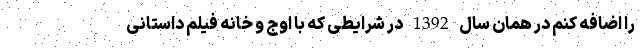
را اضافه کنم در همان سال 1392 در شرایطی که با اوج و خانه فیلم داستانی